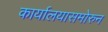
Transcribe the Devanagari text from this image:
कार्यालयासमोरुन